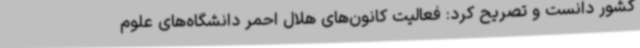
کشور دانست و تصریح کرد: فعالیت کانون‌های هلال احمر دانشگاه‌های علوم